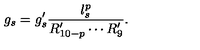
g _ { s } = g _ { s } ^ { \prime } \frac { l _ { s } ^ { p } } { R _ { 1 0 - p } ^ { \prime } \cdots R _ { 9 } ^ { \prime } } .